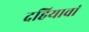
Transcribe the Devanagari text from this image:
दहियावां